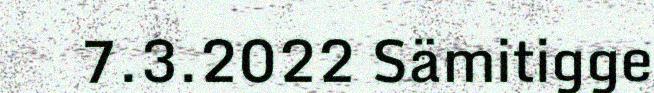
7.3.2022 Sämitigge